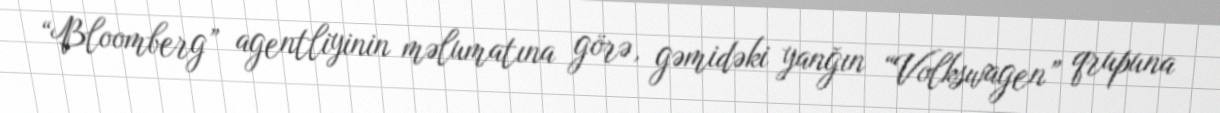
“Bloomberg” agentliyinin məlumatına görə, gəmidəki yanğın “Volkswagen” qrupuna